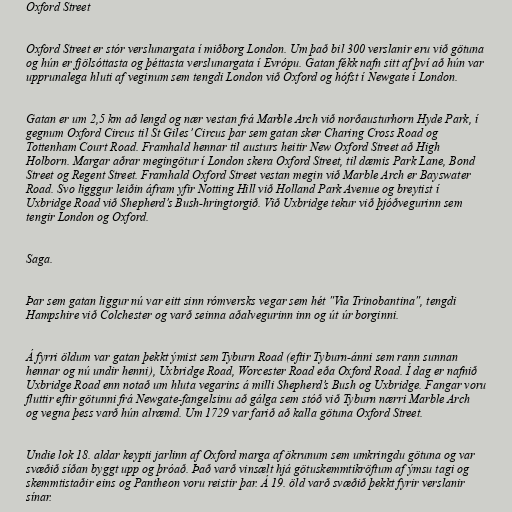
Oxford Street

Oxford Street er stór verslunargata í miðborg London. Um það bil 300 verslanir eru við götuna
og hún er fjölsóttasta og þéttasta verslunargata í Evrópu. Gatan fékk nafn sitt af því að hún var
upprunalega hluti af veginum sem tengdi London við Oxford og hófst í Newgate í London.

Gatan er um 2,5 km að lengd og nær vestan frá Marble Arch við norðausturhorn Hyde Park, í
gegnum Oxford Circus til St Giles’ Circus þar sem gatan sker Charing Cross Road og
Tottenham Court Road. Framhald hennar til austurs heitir New Oxford Street að High
Holborn. Margar aðrar megingötur í London skera Oxford Street, til dæmis Park Lane, Bond
Street og Regent Street. Framhald Oxford Street vestan megin við Marble Arch er Bayswater
Road. Svo ligggur leiðin áfram yfir Notting Hill við Holland Park Avenue og breytist í
Uxbridge Road við Shepherd’s Bush-hringtorgið. Við Uxbridge tekur við þjóðvegurinn sem
tengir London og Oxford.

Saga.

Þar sem gatan liggur nú var eitt sinn rómversks vegar sem hét "Via Trinobantina", tengdi
Hampshire við Colchester og varð seinna aðalvegurinn inn og út úr borginni.

Á fyrri öldum var gatan þekkt ýmist sem Tyburn Road (eftir Tyburn-ánni sem rann sunnan
hennar og nú undir henni), Uxbridge Road, Worcester Road eða Oxford Road. Í dag er nafnið
Uxbridge Road enn notað um hluta vegarins á milli Shepherd’s Bush og Uxbridge. Fangar voru
fluttir eftir götunni frá Newgate-fangelsinu að gálga sem stóð við Tyburn nærri Marble Arch
og vegna þess varð hún alræmd. Um 1729 var farið að kalla götuna Oxford Street.

Undie lok 18. aldar keypti jarlinn af Oxford marga af ökrunum sem umkringdu götuna og var
svæðið síðan byggt upp og þróað. Það varð vinsælt hjá götuskemmtikröftum af ýmsu tagi og
skemmtistaðir eins og Pantheon voru reistir þar. Á 19. öld varð svæðið þekkt fyrir verslanir
sínar.